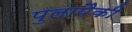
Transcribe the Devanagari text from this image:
पुलापैकी